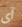
آى